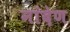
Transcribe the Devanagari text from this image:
नांदेण